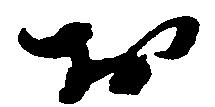
於